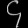
Digit: ၄